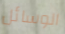
الوسائل